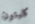
كليتون